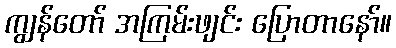
ကျွန်တော် အကြမ်းဖျင်း ပြောတာနော်။